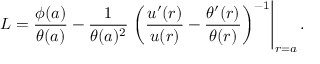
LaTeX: L = \frac { \phi ( a ) } { \theta ( a ) } - \frac { 1 } { \theta ( a ) ^ { 2 } } \left. \left( \frac { u ^ { \prime } ( r ) } { u ( r ) } - \frac { \theta ^ { \prime } ( r ) } { \theta ( r ) } \right) ^ { - 1 } \right| _ { r = a } .